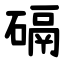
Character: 䃒